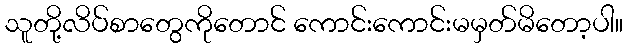
သူတို့လိပ်စာတွေကိုတောင် ကောင်းကောင်းမမှတ်မိတော့ပါ။